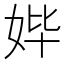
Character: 𰋾